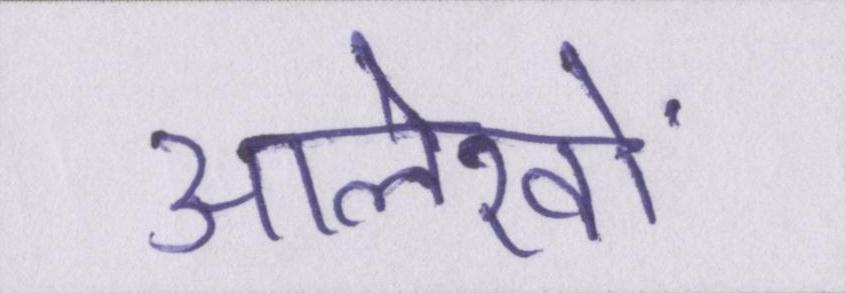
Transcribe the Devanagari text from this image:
आलेखों